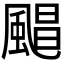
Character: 𮨮